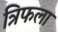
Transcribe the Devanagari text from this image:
त्रिफला